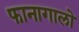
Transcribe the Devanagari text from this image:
फानागालो